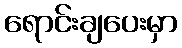
ရောင်းချပေးမှာ